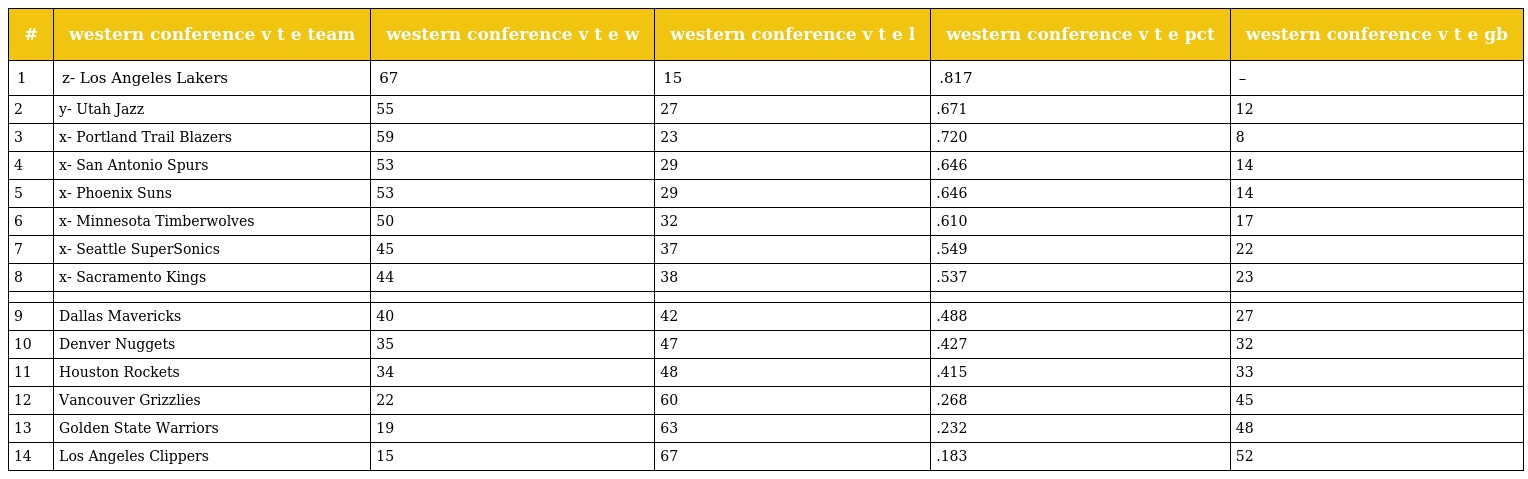
| # | western conference v t e team | western conference v t e w | western conference v t e l | western conference v t e pct | western conference v t e gb |
 | --- | --- | --- | --- | --- | --- |
 | 1 | z- Los Angeles Lakers | 67 | 15 | .817 | – |
 | 2 | y- Utah Jazz | 55 | 27 | .671 | 12 |
 | 3 | x- Portland Trail Blazers | 59 | 23 | .720 | 8 |
 | 4 | x- San Antonio Spurs | 53 | 29 | .646 | 14 |
 | 5 | x- Phoenix Suns | 53 | 29 | .646 | 14 |
 | 6 | x- Minnesota Timberwolves | 50 | 32 | .610 | 17 |
 | 7 | x- Seattle SuperSonics | 45 | 37 | .549 | 22 |
 | 8 | x- Sacramento Kings | 44 | 38 | .537 | 23 |
 |  |  |  |  |  |  |
 | 9 | Dallas Mavericks | 40 | 42 | .488 | 27 |
 | 10 | Denver Nuggets | 35 | 47 | .427 | 32 |
 | 11 | Houston Rockets | 34 | 48 | .415 | 33 |
 | 12 | Vancouver Grizzlies | 22 | 60 | .268 | 45 |
 | 13 | Golden State Warriors | 19 | 63 | .232 | 48 |
 | 14 | Los Angeles Clippers | 15 | 67 | .183 | 52 |